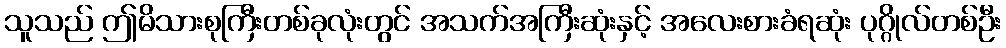
သူသည် ဤမိသားစုကြီးတစ်ခုလုံးတွင် အသက်အကြီးဆုံးနှင့် အလေးစားခံရဆုံး ပုဂ္ဂိုလ်တစ်ဦး